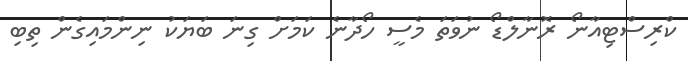
ކްރިސްޓިއާނޯ ރޮނާލްޑޯ ނުވަތަ މެސީ ހޯދާނެ ކަމަށް ގިނަ ބަޔަކު ނިންމައިގެން ތިބި